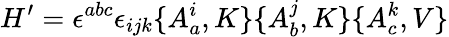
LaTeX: H^{\prime}=\epsilon^{abc}\epsilon_{ijk}\{ A_{a}^{i},K\} \{ A_{b}^{j},K\} \{ A_{c}^{k},V\}